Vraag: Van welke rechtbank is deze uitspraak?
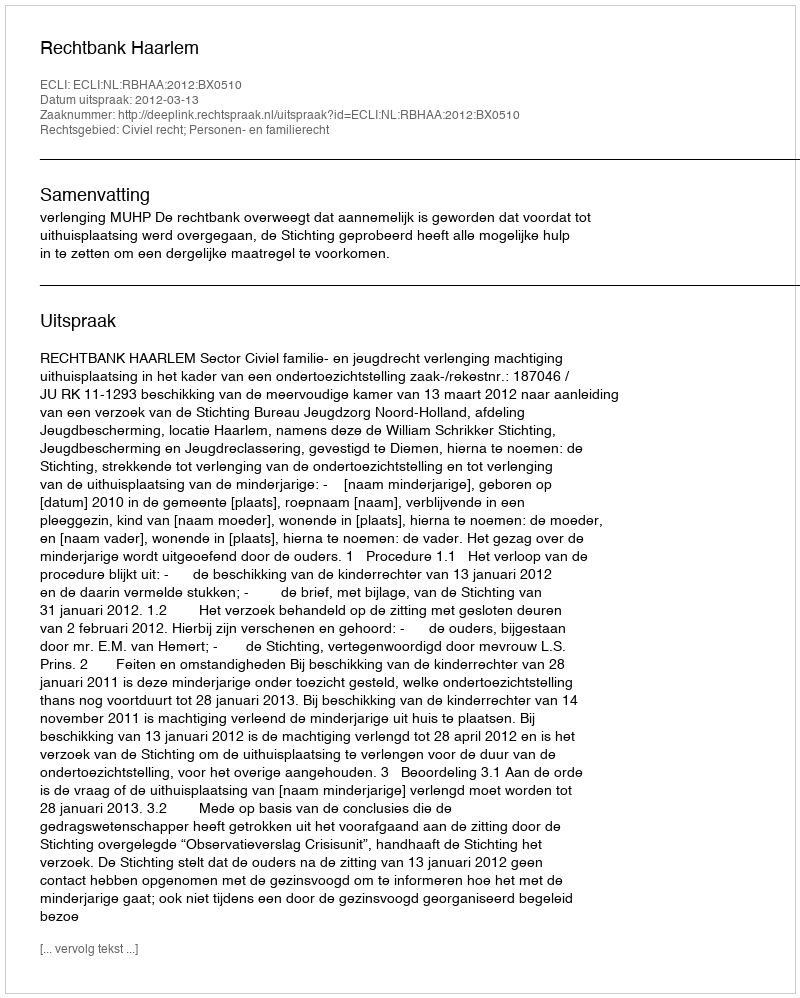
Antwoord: Rechtbank Haarlem